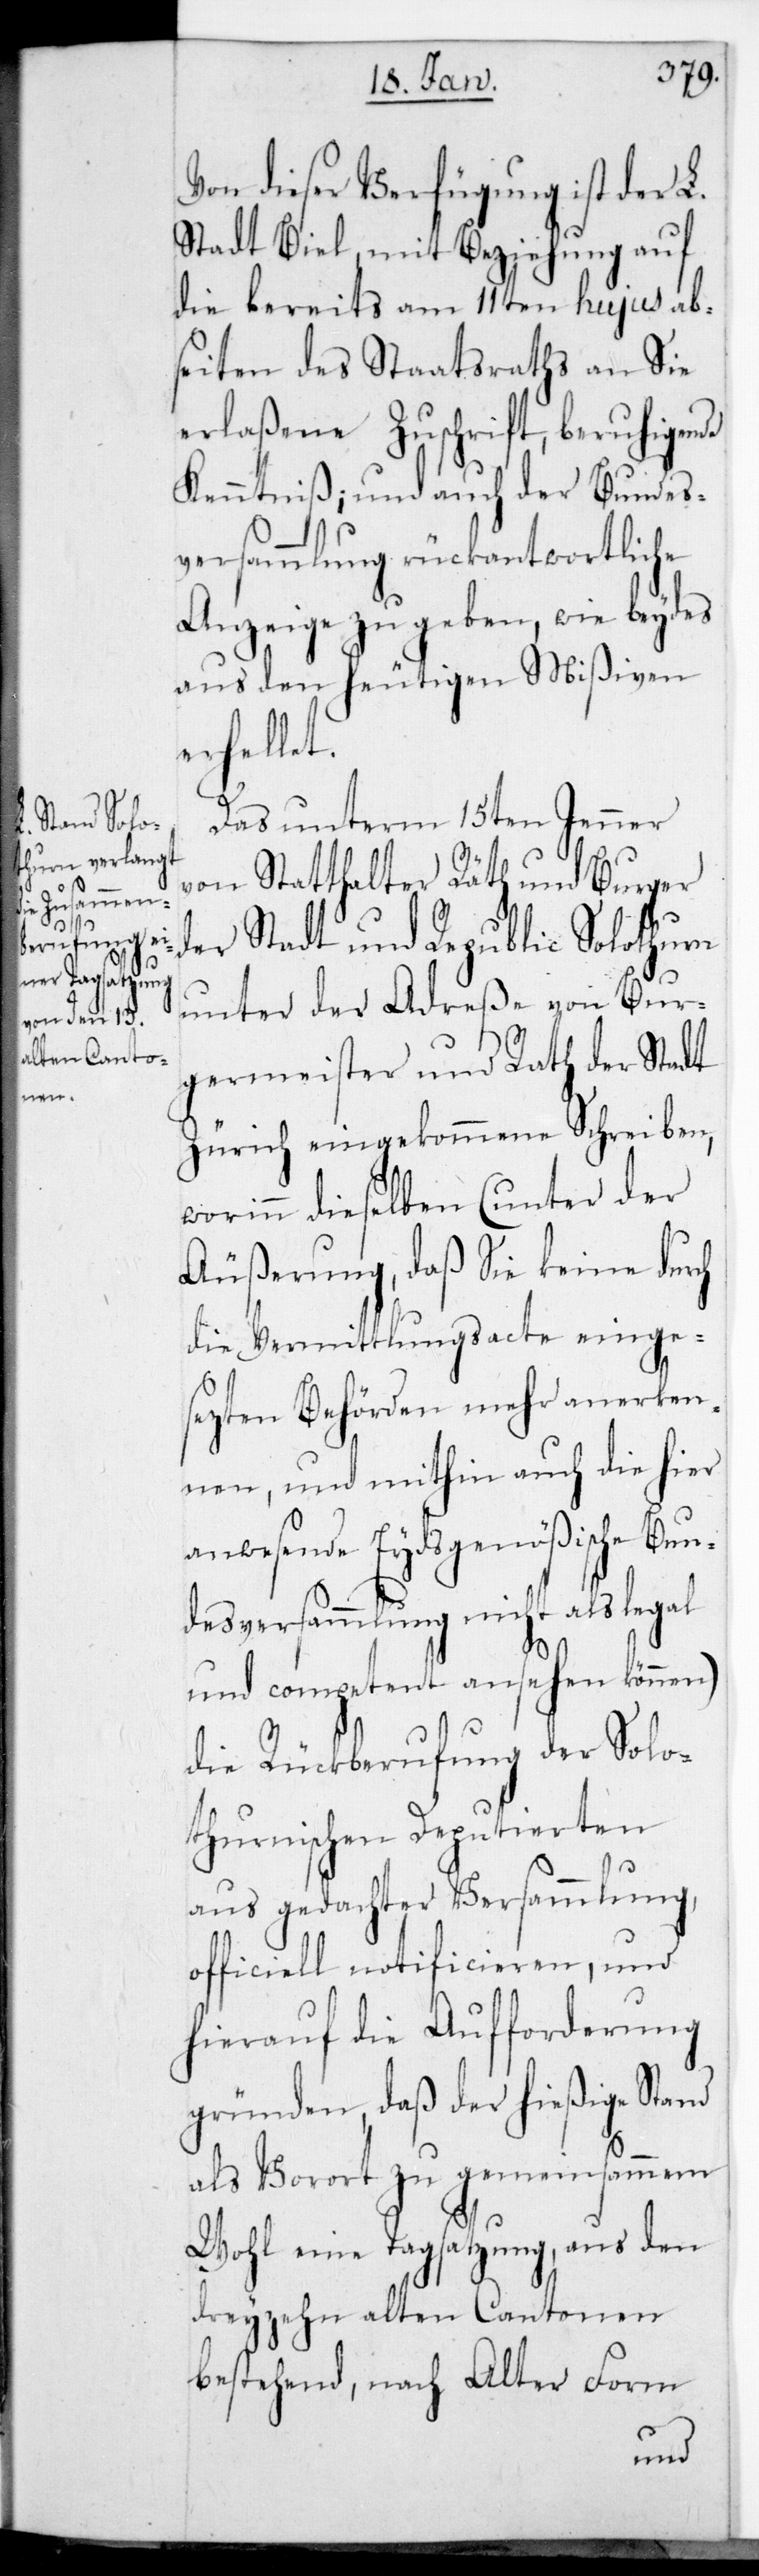
Von dieser Verfügung ist der L.
Stadt Biel mit Beziehung auf
die bereits am 11ten hujus ab
Seiten des Staatsraths an sie
erlaßene Zuschrift, beruhigende
Kenntniß; und auch der Bundes¬
versammlung rückantwortliche
Anzeige zu geben, wie beydes
aus den heutigen Mißiven
erhellet.
Das unterm 15ten Jenner
von Statthalter Rät und Burger
der Stadt und Republic Solothurn
unter der Adreße von Bur¬
germeister und Rath der Stadt
Zürich eingekommene Schreiben,
worinn dieselben (unter der
Äußerung, daß sie keine durch
die Vermittlungsacte einge¬
setzten Behörden mehr anerken¬
nen, und mithin auch die hier
anwesende Eydsgenößische Bun¬
desversammlung nicht als legal
und competent ansehen können)
die Rückberufung der Solo¬
thurnischen Deputierten
aus gedachter Versammlung
officiell notificieren, und
hierauf die Aufforderung
gründen, daß der hießige Stand
als Vorort zu gemeinsammem
Wohl eine Tagsatzung, aus den
dreyzehn alten Cantonen
bestehend, nach Alter Form